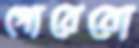
গোরেরো